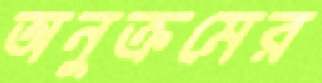
অনুক্রমের